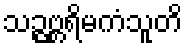
သဉ္ဇဗ္ဘရိမကံသူတိ